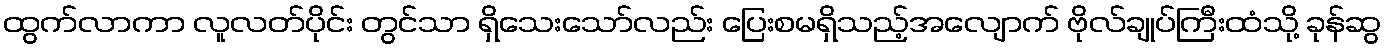
ထွက်လာကာ လူလတ်ပိုင်း တွင်သာ ရှိသေးသော်လည်း ပြေးစမရှိသည့်အလျောက် ဗိုလ်ချုပ်ကြီးထံသို့ ခုန်ဆွ